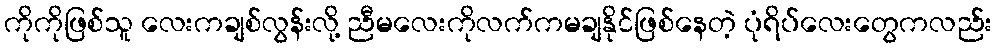
ကိုကိုဖြစ်သူ လေးကချစ်လွန်းလို့ ညီမလေးကိုလက်ကမချနိုင်ဖြစ်နေတဲ့ ပုံရိပ်လေးတွေကလည်း